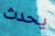
يحدث